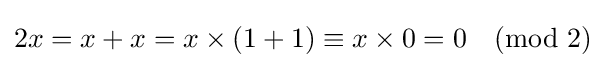
2x=x+x=x\times (1+1)\equiv x\times 0=0{\pmod {2}}